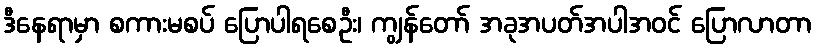
ဒီနေရာမှာ စကားမစပ် ပြောပါရစေဦး၊ ကျွန်တော် အခုအပတ်အပါအဝင် ပြောလာတာ